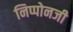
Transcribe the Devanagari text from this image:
निप्पोनजी